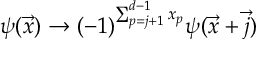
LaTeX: \psi ( \vec { x } ) \rightarrow ( - 1 ) ^ { \sum _ { p = j + 1 } ^ { d - 1 } x _ { p } } \psi ( \vec { x } + \vec { j } )